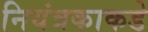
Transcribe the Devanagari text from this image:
नियंत्रकाकडे